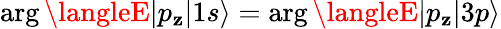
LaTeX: \arg\langleE|p_{\mathbf{z}}|1s\rangle=\arg\langleE|p_{\mathbf{z}}|3p\rangle